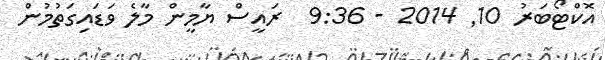
އޮކްޓޯބަރު 10